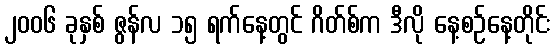
၂၀၀၆ ခုနှစ် ဇွန်လ ၁၅ ရက်နေ့တွင် ဂိတ်စ်က ဒီလို နေ့စဉ်နေ့တိုင်း